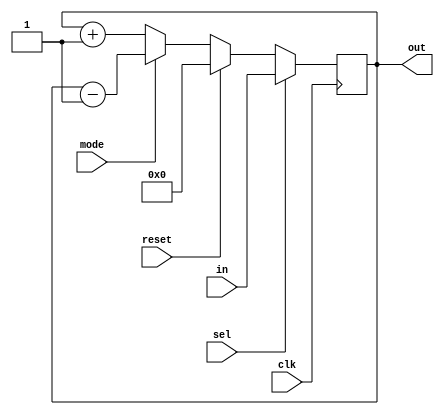
module binary_up_down_counter(out, in,sel,mode,reset,clk);

output reg [3:0] out = 4'b0000;
input [3:0] in;
input sel;
input mode;
input reset;
input clk;

always @(posedge clk) begin
    if(reset == 1'b1)
        out <= 4'b0000;
    else if(mode == 1'b1) 
        out <= out - 1;
    else if(mode == 1'b0)
        out <= out + 1;
    else
        out <= out;

    if(sel == 1'b1)
        out <=in;
end

endmodule